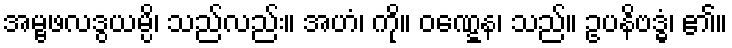
အမ္ဗဖလဒွယမ္ပိ၊ သည်လည်း။ အဟံ၊ ကို။ ဝဏ္ဋေန၊ သည်။ ဥပနိဗဒ္ဓံ၊ ၏။